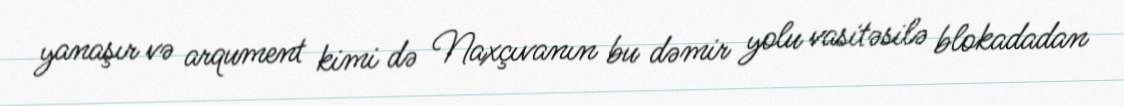
yanaşır və arqument kimi də Naxçıvanın bu dəmir yolu vasitəsilə blokadadan